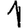
Digit: 1